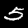
Label: 5